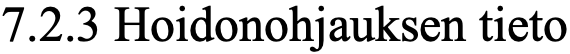
7.2.3 Hoidonohjauksen tieto